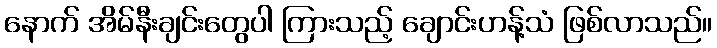
နောက် အိမ်နီးချင်းတွေပါ ကြားသည့် ချောင်းဟန့်သံ ဖြစ်လာသည်။